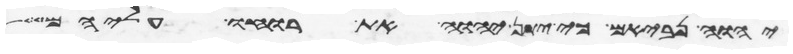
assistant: יהוה נביאים כי יתן יהוה את רוחו עליהם